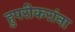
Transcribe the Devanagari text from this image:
हुपरीकरांना